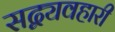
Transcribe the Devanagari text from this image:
सद्व्यवहारी